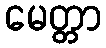
မေတ္တာ